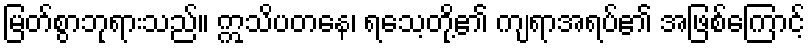
မြတ်စွာဘုရားသည်။ ဣသိပတနေ၊ ရသေ့တို့၏ ကျရာအရပ်၏ အဖြစ်ကြောင့်